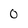
Character: 0